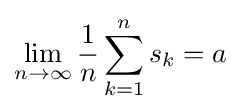
\lim _{n\to \infty }{\frac {1}{n}}\sum _{k=1}^{n}s_{k}=a